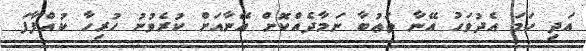
އަދި ހަމަ އެދުވަހު އޭނާ ތަޢުބާ ނަމާދެއްކޮށް އޭނާއަށް ކުރެވުނު ހުރިހާ ކުއްފާފަ